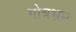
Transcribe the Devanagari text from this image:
गोत्रभ्रम